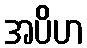
အပိဟ